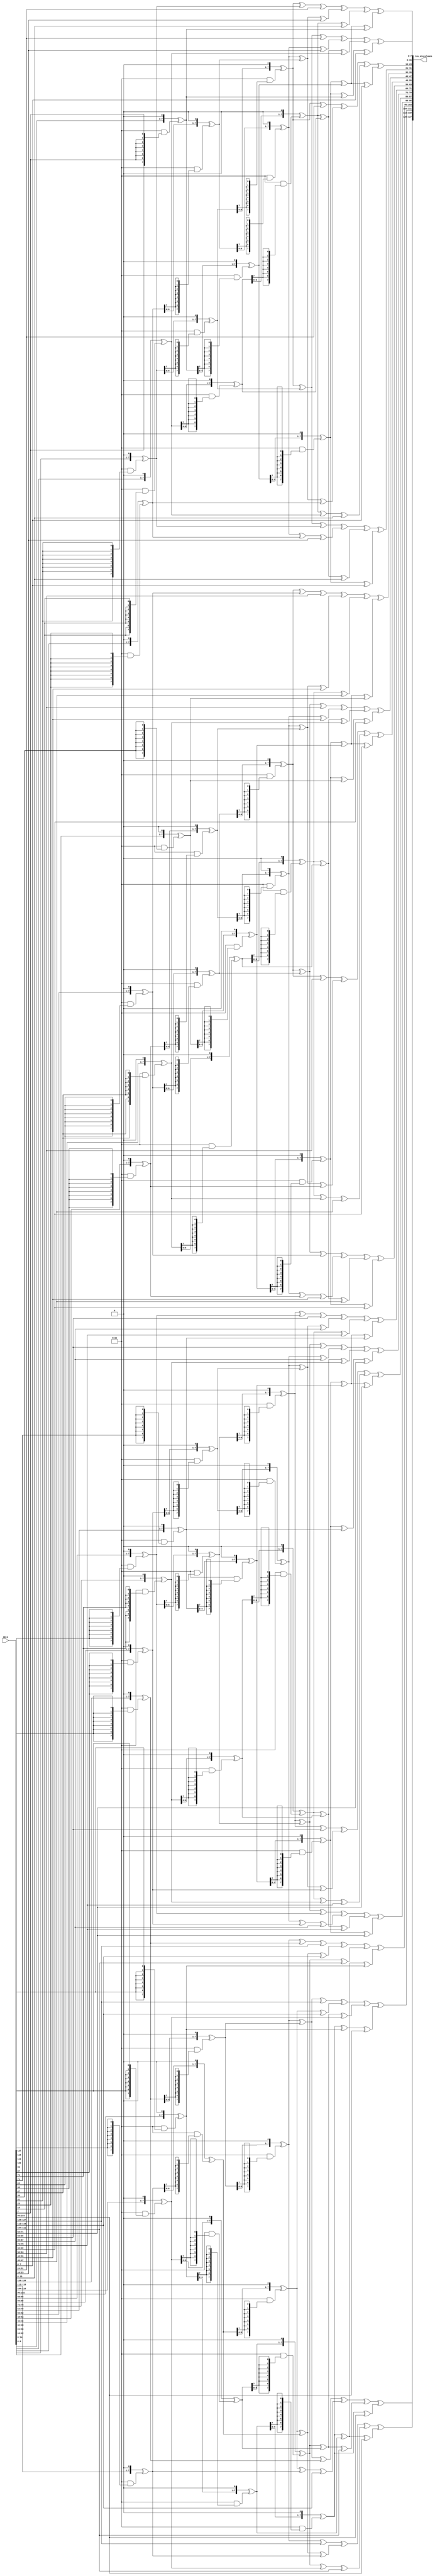
module MixColumnsInv(input [127 : 0] data, output reg [127:0] inv_mixcolumns);
    reg [31 : 0] w0, w1, w2, w3;
    reg [31 : 0] ws0, ws1, ws2, ws3;
	 
	 function [7 : 0] gm2(input [7 : 0] op);
    begin
      gm2 = {op[6 : 0], 1'b0} ^ (8'h1b & {8{op[7]}});
    end
  endfunction // gm2

  function [7 : 0] gm3(input [7 : 0] op);
    begin
      gm3 = gm2(op) ^ op;
    end
  endfunction // gm3

  function [7 : 0] gm4(input [7 : 0] op);
    begin
      gm4 = gm2(gm2(op));
    end
  endfunction // gm4

  function [7 : 0] gm8(input [7 : 0] op);
    begin
      gm8 = gm2(gm4(op));
    end
  endfunction // gm8

  function [7 : 0] gm09(input [7 : 0] op);
    begin
      gm09 = gm8(op) ^ op;
    end
  endfunction // gm09

  function [7 : 0] gm11(input [7 : 0] op);
    begin
      gm11 = gm8(op) ^ gm2(op) ^ op;
    end
  endfunction // gm11

  function [7 : 0] gm13(input [7 : 0] op);
    begin
      gm13 = gm8(op) ^ gm4(op) ^ op;
    end
  endfunction // gm13

  function [7 : 0] gm14(input [7 : 0] op);
    begin
      gm14 = gm8(op) ^ gm4(op) ^ gm2(op);
    end
endfunction
	 
	 function [31 : 0] inv_mixw(input [31 : 0] w);
    reg [7 : 0] b0, b1, b2, b3;
    reg [7 : 0] mb0, mb1, mb2, mb3;
    begin
      b0 = w[31 : 24];
      b1 = w[23 : 16];
      b2 = w[15 : 08];
      b3 = w[07 : 00];

      mb0 = gm14(b0) ^ gm11(b1) ^ gm13(b2) ^ gm09(b3);
      mb1 = gm09(b0) ^ gm14(b1) ^ gm11(b2) ^ gm13(b3);
      mb2 = gm13(b0) ^ gm09(b1) ^ gm14(b2) ^ gm11(b3);
      mb3 = gm11(b0) ^ gm13(b1) ^ gm09(b2) ^ gm14(b3);

      inv_mixw = {mb0, mb1, mb2, mb3};
    end
	 endfunction
	 always
    begin
      w0 = data[127 : 096];
      w1 = data[095 : 064];
      w2 = data[063 : 032];
      w3 = data[031 : 000];

      ws0 = inv_mixw(w0);
      ws1 = inv_mixw(w1);
      ws2 = inv_mixw(w2);
      ws3 = inv_mixw(w3);

      inv_mixcolumns = {ws0, ws1, ws2, ws3};
    end
endmodule